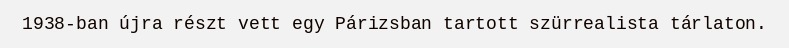
1938-ban újra részt vett egy Párizsban tartott szürrealista tárlaton.